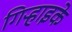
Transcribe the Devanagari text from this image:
गिऱ्हाइके